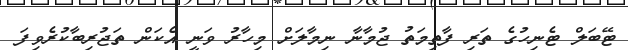
ޓޭބަލް ޓެނިހުގެ ތަރި ފާތިމަތު ޖުމާނާ ނިމާލަށް މިހާރު ވަނީ އެކަން ތަޖުރިބާކުރެވިފަ